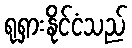
ရုရှားနိုင်ငံသည်